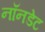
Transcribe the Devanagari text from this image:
नॉनडेट